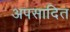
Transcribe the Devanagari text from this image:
अपसादित